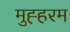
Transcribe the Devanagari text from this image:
मुह्हरम